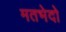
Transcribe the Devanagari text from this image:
मतभेदो